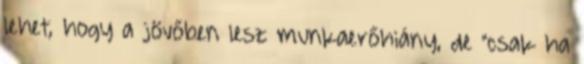
lehet, hogy a jövőben lesz munkaerőhiány, de "csak ha